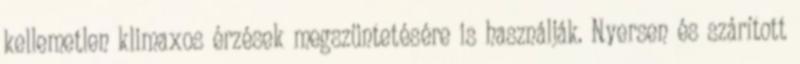
kellemetlen klimaxos érzések megszüntetésére is használják. Nyersen és szárított